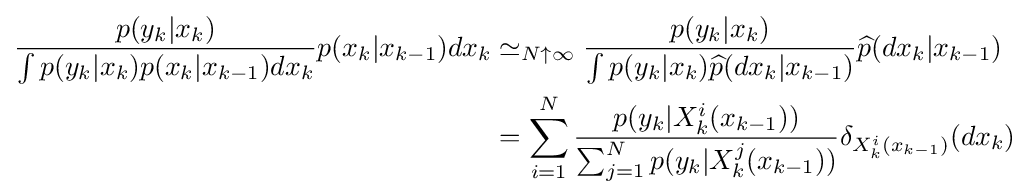
{\begin{aligned}{\frac {p(y_{k}|x_{k})}{\int p(y_{k}|x_{k})p(x_{k}|x_{k-1})dx_{k}}}p(x_{k}|x_{k-1})dx_{k}&\simeq _{N\uparrow \infty }{\frac {p(y_{k}|x_{k})}{\int p(y_{k}|x_{k}){\widehat {p}}(dx_{k}|x_{k-1})}}{\widehat {p}}(dx_{k}|x_{k-1})\\&=\sum _{i=1}^{N}{\frac {p(y_{k}|X_{k}^{i}(x_{k-1}))}{\sum _{j=1}^{N}p(y_{k}|X_{k}^{j}(x_{k-1}))}}\delta _{X_{k}^{i}(x_{k-1})}(dx_{k})\end{aligned}}